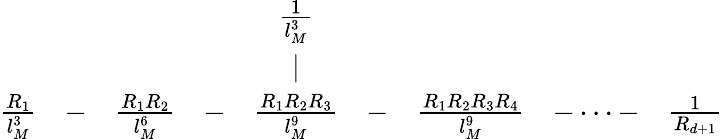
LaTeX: \begin{array}{ccccccccc}{{}}&{{}}&{{}}&{{}}&{{\frac{1}{l_{M}^{3}}}}&{{}}&{{}}&{{}}&{{}}\\ {{}}&{{}}&{{}}&{{}}&{{\mid}}&{{}}&{{}}&{{}}&{{}}\\ {{\frac{R_{1}}{l_{M}^{3}}}}&{{-}}&{{\frac{R_{1}R_{2}}{l_{M}^{6}}}}&{{-}}&{{\frac{R_{1}R_{2}R_{3}}{l_{M}^{9}}}}&{{-}}&{{\frac{R_{1}R_{2}R_{3}R_{4}}{l_{M}^{9}}}}&{{-\dots-}}&{{\frac{1}{R_{d+1}}}}\end{array}